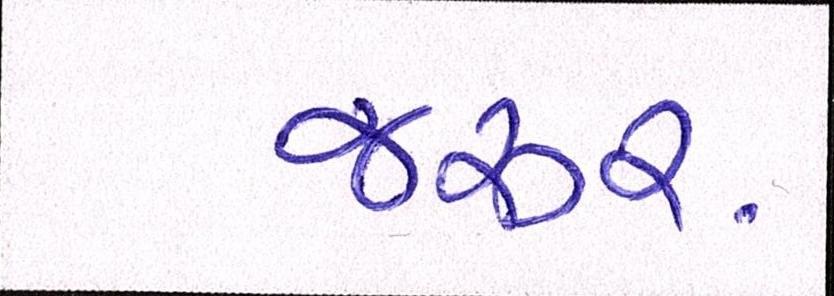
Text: જરૂર